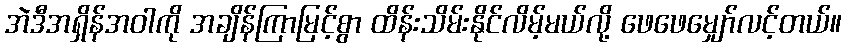
အဲဒီအရှိန်အဝါကို အချိန်ကြာမြင့်စွာ ထိန်းသိမ်းနိုင်လိမ့်မယ်လို့ ဖေဖေမျှော်လင့်တယ်။